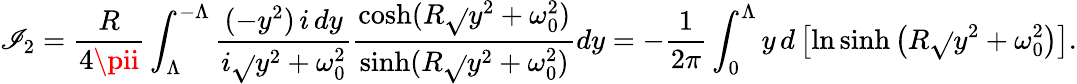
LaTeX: \mathscr{I}_{2}=\frac{{R}}{{4\pii}}\int_{\Lambda}^{-\Lambda}\frac{{(-y^{2})\, i\, dy}}{{i\sqrt{}{{y^{2}+\omega_{0}^{2}}}}}\frac{{\cosh(R\sqrt{}{{y^{2}+\omega_{0}^{2}}})}}{{\sinh(R\sqrt{}{{y^{2}+\omega_{0}^{2}}})}}dy=-\frac{{1}}{{2\pi}}\int_{0}^{\Lambda}y\, d\left[\ln\sinh\left(R\sqrt{}{{y^{2}+\omega_{0}^{2}}}\right)\right].